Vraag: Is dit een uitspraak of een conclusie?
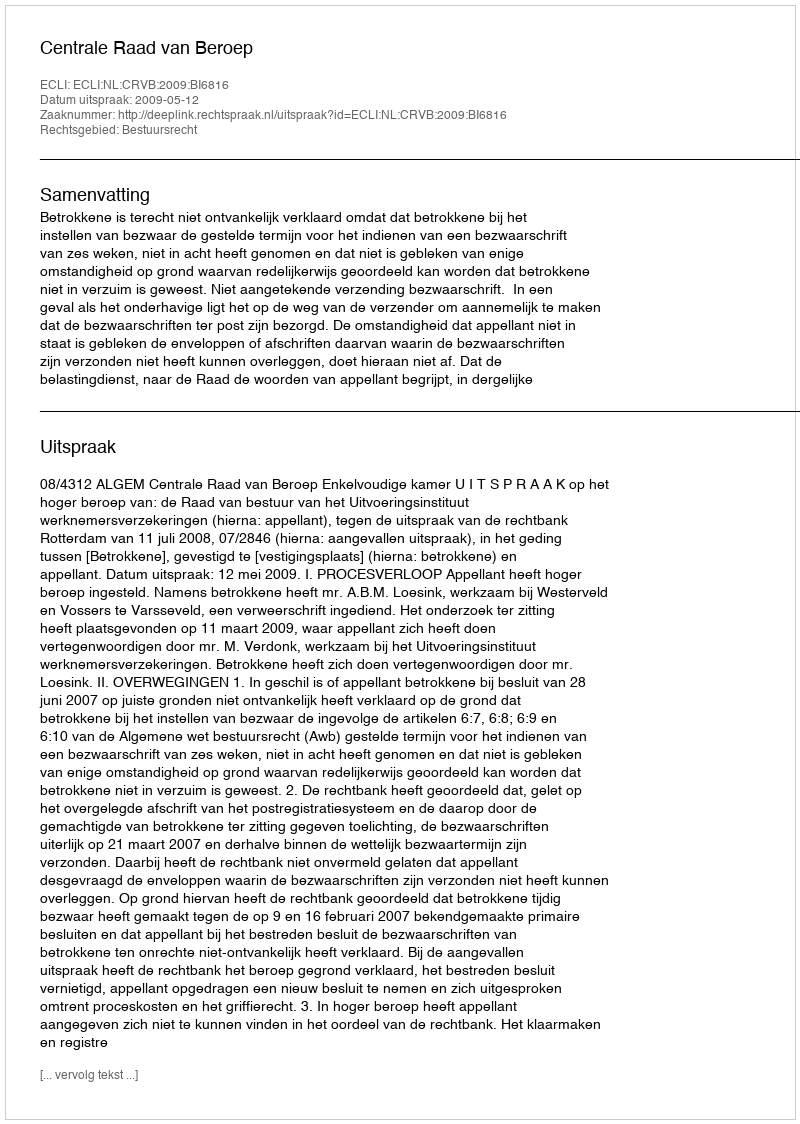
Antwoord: Uitspraak